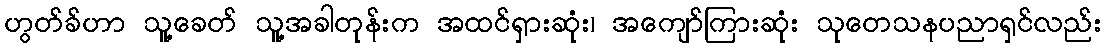
ဟွတ်ခ်ဟာ သူ့ခေတ် သူ့အခါတုန်းက အထင်ရှားဆုံး၊ အကျော်ကြားဆုံး သုတေသနပညာရှင်လည်း